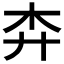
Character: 𢌶